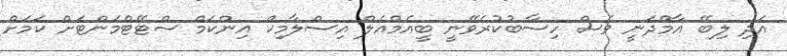
އަދި ލިބޭ އާމްދަނީ ވެސް ހިސާބުކުރެވޭނީ ބީއެމްއެލް އިސްލާމިކް އިންކަމް ސްޓޭޓްމަންޓަށް ކަމަށް